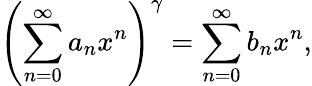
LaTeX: \left(\sum_{n=0}^{\infty}a_{n}x^{n}\right)^{\gamma}=\sum_{n=0}^{\infty}b_{n}x^{n},